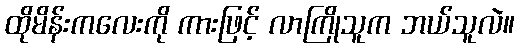
ထိုမိန်းကလေးကို ကားဖြင့် လာကြိုသူက ဘယ်သူလဲ။